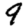
Digit: 9